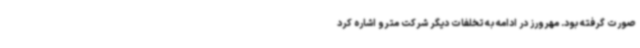
صورت گرفته بود. مهرورز در ادامه به تخلفات دیگر شرکت مترو اشاره کرد